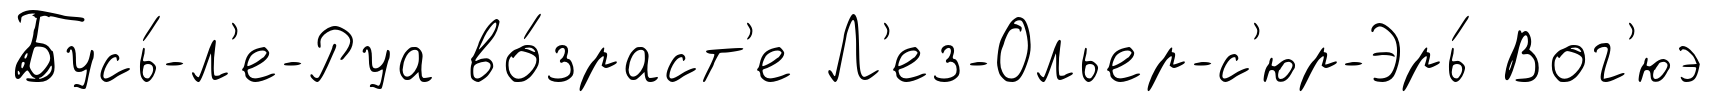
Бусь́-л'е-Руа во́зраст'е Л'ез-Ольер-с'юр-Эрь́ Вог'юэ